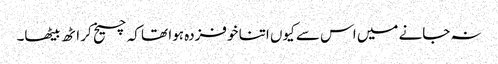
نہ جانے میں اس سے کیوں اتنا خوفزدہ ہوا تھا کہ چیخ کر اٹھ بیٹھا۔